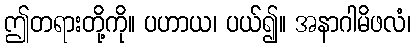
ဤတရားတို့ကို။ ပဟာယ၊ ပယ်၍။ အနာဂါမိဖလံ၊